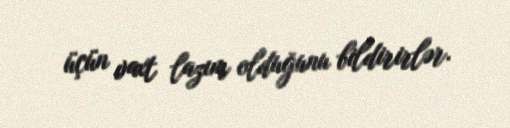
üçün vaxt lazım olduğunu bildirirlər.